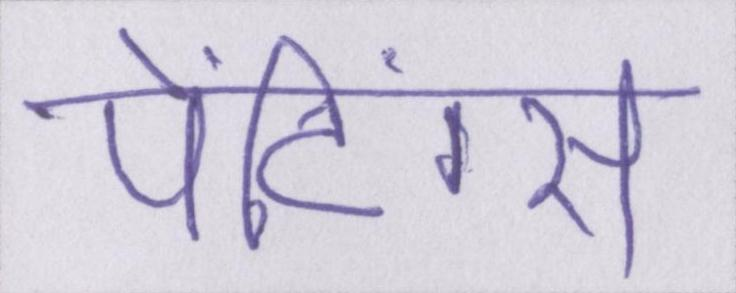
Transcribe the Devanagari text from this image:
पेंटिंग्स